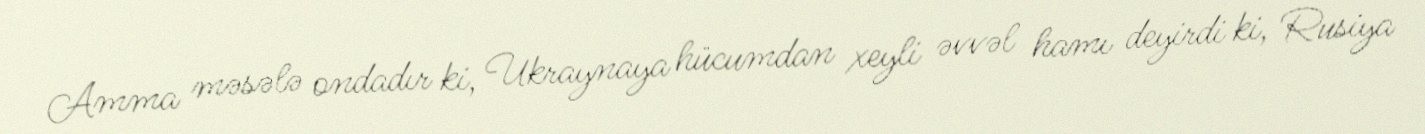
Amma məsələ ondadır ki, Ukraynaya hücumdan xeyli əvvəl hamı deyirdi ki, Rusiya